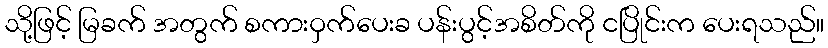
သို့ဖြင့် မြခက် အတွက် စကားဝှက်ပေးခ ပန်းပွင့်အစိတ်ကို ငပြိုင်းက ပေးရသည်။